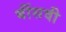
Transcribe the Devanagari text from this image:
बींसवी